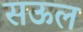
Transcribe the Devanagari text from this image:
सऊल